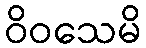
ဝိဝသေမိ